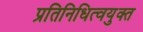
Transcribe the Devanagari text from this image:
प्रतिनिधित्वयुक्त